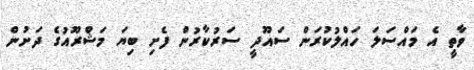
ވާތީ އެ މައްސަލަ ހައްލުކުރަން ސައޫދީ ސަރުކާރުން ފެށި ބިޔަ މަޝްރޫއުގެ ދަށުން